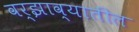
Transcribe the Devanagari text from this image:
वर्झाव्यातील